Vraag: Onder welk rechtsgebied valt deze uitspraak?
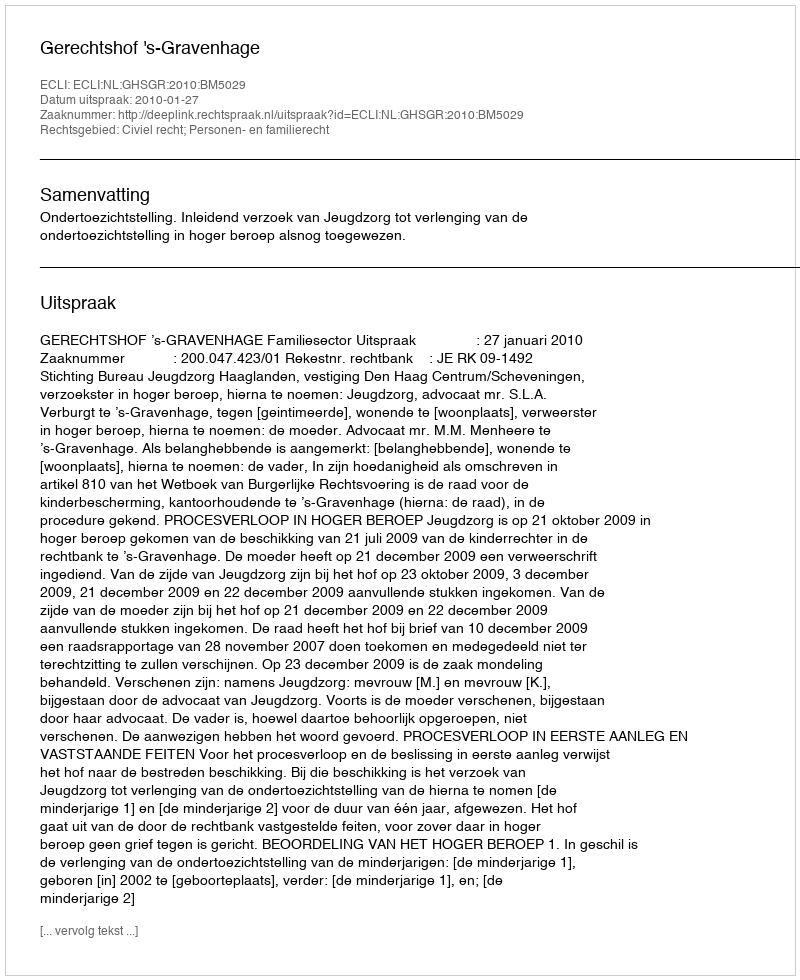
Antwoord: Civiel recht; Personen- en familierecht